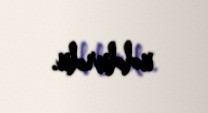
uddurdu.